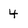
Character: 4